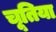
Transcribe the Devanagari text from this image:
चूतिया